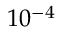
1 0 ^ { - 4 }